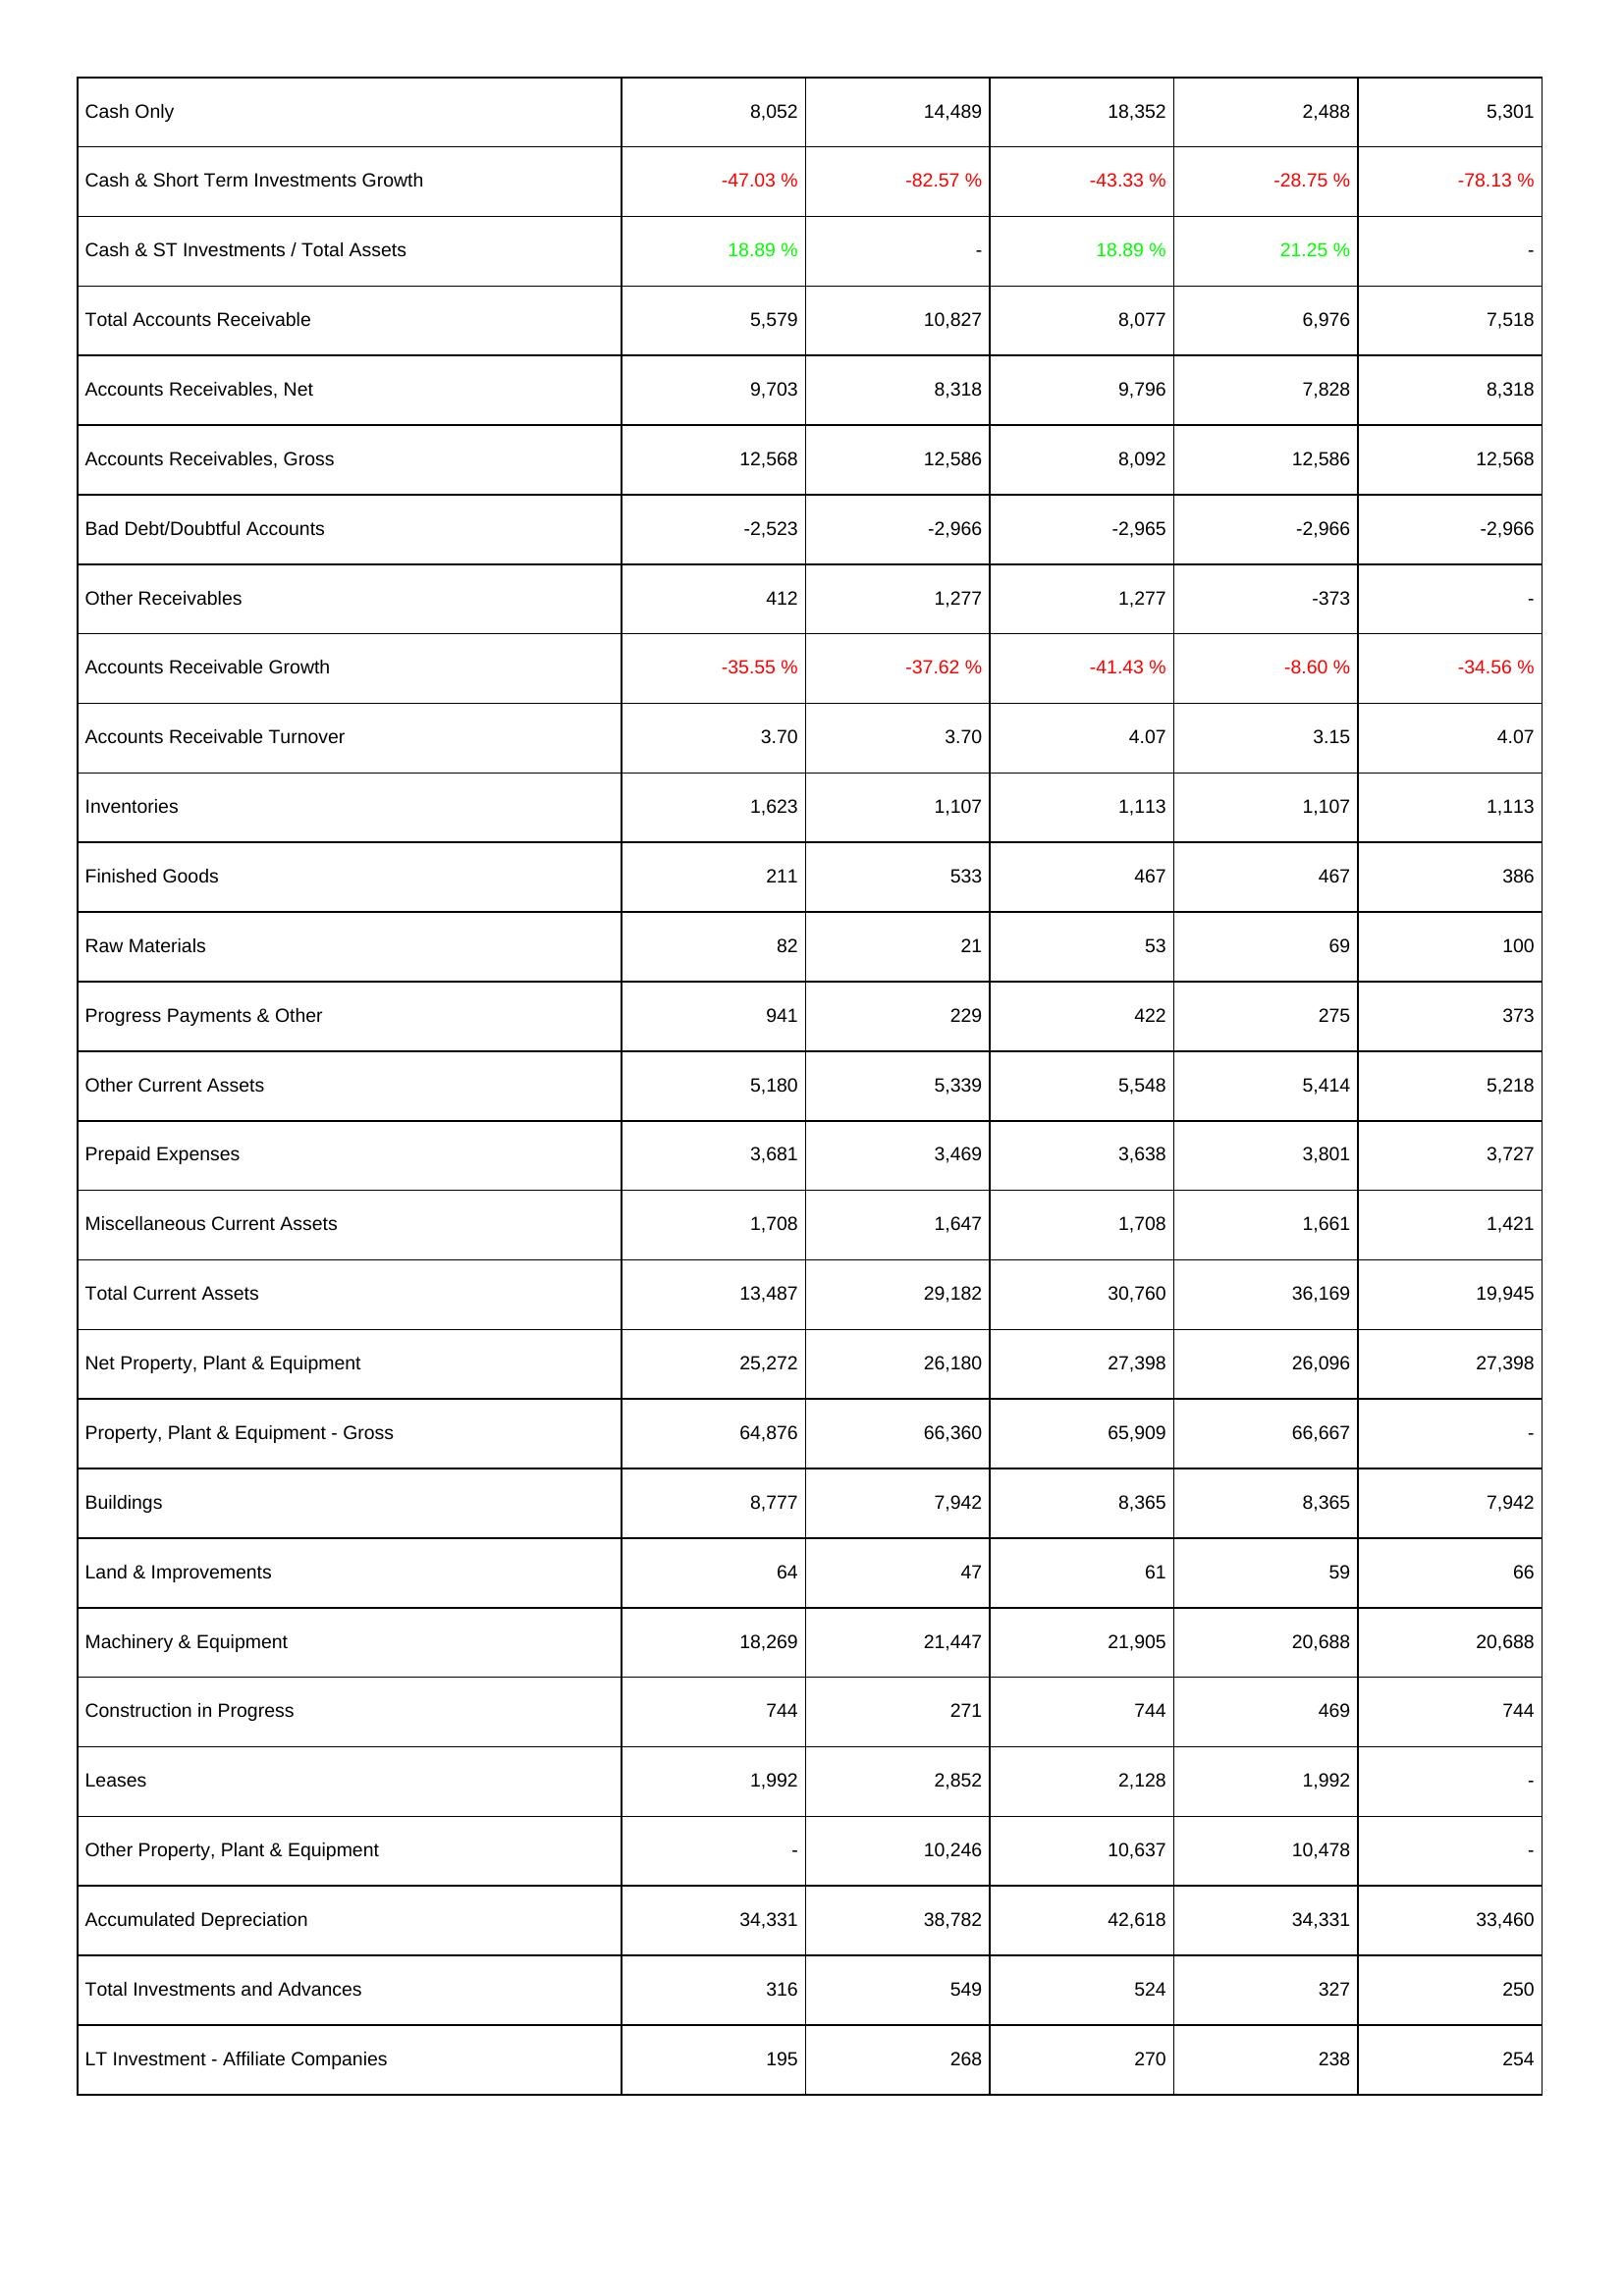
2018: Assets: Cash Only: 8,052
Cash & Short Term Investments Growth: -47.03 %
Cash & ST Investments / Total Assets: 18.89 %
Total Accounts Receivable: 5,579
Accounts Receivables, Net: 9,703
Accounts Receivables, Gross: 12,568
Bad Debt/Doubtful Accounts: -2,523
Other Receivables: 412
Accounts Receivable Growth: -35.55 %
Accounts Receivable Turnover: 3.70
Inventories: 1,623
Finished Goods: 211
Raw Materials: 82
Progress Payments & Other: 941
Other Current Assets: 5,180
Prepaid Expenses: 3,681
Miscellaneous Current Assets: 1,708
Total Current Assets: 13,487
Net Property, Plant & Equipment: 25,272
Property, Plant & Equipment - Gross: 64,876
Buildings: 8,777
Land & Improvements: 64
Machinery & Equipment: 18,269
Construction in Progress: 744
Leases: 1,992
Other Property, Plant & Equipment: -
Accumulated Depreciation: 34,331
Total Investments and Advances: 316
LT Investment - Affiliate Companies: 195
2019: Assets: Cash Only: 14,489
Cash & Short Term Investments Growth: -82.57 %
Cash & ST Investments / Total Assets: -
Total Accounts Receivable: 10,827
Accounts Receivables, Net: 8,318
Accounts Receivables, Gross: 12,586
Bad Debt/Doubtful Accounts: -2,966
Other Receivables: 1,277
Accounts Receivable Growth: -37.62 %
Accounts Receivable Turnover: 3.70
Inventories: 1,107
Finished Goods: 533
Raw Materials: 21
Progress Payments & Other: 229
Other Current Assets: 5,339
Prepaid Expenses: 3,469
Miscellaneous Current Assets: 1,647
Total Current Assets: 29,182
Net Property, Plant & Equipment: 26,180
Property, Plant & Equipment - Gross: 66,360
Buildings: 7,942
Land & Improvements: 47
Machinery & Equipment: 21,447
Construction in Progress: 271
Leases: 2,852
Other Property, Plant & Equipment: 10,246
Accumulated Depreciation: 38,782
Total Investments and Advances: 549
LT Investment - Affiliate Companies: 268
2020: Assets: Cash Only: 18,352
Cash & Short Term Investments Growth: -43.33 %
Cash & ST Investments / Total Assets: 18.89 %
Total Accounts Receivable: 8,077
Accounts Receivables, Net: 9,796
Accounts Receivables, Gross: 8,092
Bad Debt/Doubtful Accounts: -2,965
Other Receivables: 1,277
Accounts Receivable Growth: -41.43 %
Accounts Receivable Turnover: 4.07
Inventories: 1,113
Finished Goods: 467
Raw Materials: 53
Progress Payments & Other: 422
Other Current Assets: 5,548
Prepaid Expenses: 3,638
Miscellaneous Current Assets: 1,708
Total Current Assets: 30,760
Net Property, Plant & Equipment: 27,398
Property, Plant & Equipment - Gross: 65,909
Buildings: 8,365
Land & Improvements: 61
Machinery & Equipment: 21,905
Construction in Progress: 744
Leases: 2,128
Other Property, Plant & Equipment: 10,637
Accumulated Depreciation: 42,618
Total Investments and Advances: 524
LT Investment - Affiliate Companies: 270
2021: Assets: Cash Only: 2,488
Cash & Short Term Investments Growth: -28.75 %
Cash & ST Investments / Total Assets: 21.25 %
Total Accounts Receivable: 6,976
Accounts Receivables, Net: 7,828
Accounts Receivables, Gross: 12,586
Bad Debt/Doubtful Accounts: -2,966
Other Receivables: -373
Accounts Receivable Growth: -8.60 %
Accounts Receivable Turnover: 3.15
Inventories: 1,107
Finished Goods: 467
Raw Materials: 69
Progress Payments & Other: 275
Other Current Assets: 5,414
Prepaid Expenses: 3,801
Miscellaneous Current Assets: 1,661
Total Current Assets: 36,169
Net Property, Plant & Equipment: 26,096
Property, Plant & Equipment - Gross: 66,667
Buildings: 8,365
Land & Improvements: 59
Machinery & Equipment: 20,688
Construction in Progress: 469
Leases: 1,992
Other Property, Plant & Equipment: 10,478
Accumulated Depreciation: 34,331
Total Investments and Advances: 327
LT Investment - Affiliate Companies: 238
2022: Assets: Cash Only: 5,301
Cash & Short Term Investments Growth: -78.13 %
Cash & ST Investments / Total Assets: -
Total Accounts Receivable: 7,518
Accounts Receivables, Net: 8,318
Accounts Receivables, Gross: 12,568
Bad Debt/Doubtful Accounts: -2,966
Other Receivables: -
Accounts Receivable Growth: -34.56 %
Accounts Receivable Turnover: 4.07
Inventories: 1,113
Finished Goods: 386
Raw Materials: 100
Progress Payments & Other: 373
Other Current Assets: 5,218
Prepaid Expenses: 3,727
Miscellaneous Current Assets: 1,421
Total Current Assets: 19,945
Net Property, Plant & Equipment: 27,398
Property, Plant & Equipment - Gross: -
Buildings: 7,942
Land & Improvements: 66
Machinery & Equipment: 20,688
Construction in Progress: 744
Leases: -
Other Property, Plant & Equipment: -
Accumulated Depreciation: 33,460
Total Investments and Advances: 250
LT Investment - Affiliate Companies: 254